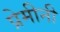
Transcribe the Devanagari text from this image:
प्रेमीनी